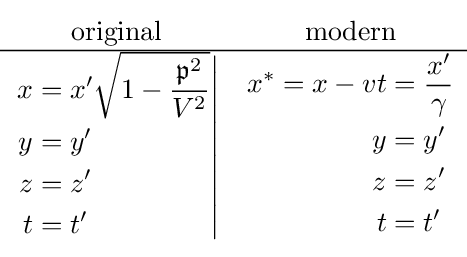
{\begin{matrix}{\text{original}}&{\text{modern}}\\\hline \left.{\begin{aligned}x&=x^{\prime }{\sqrt {1-{\frac {{\mathfrak {p}}^{2}}{V^{2}}}}}\\y&=y^{\prime }\\z&=z^{\prime }\\t&=t^{\prime }\end{aligned}}\right|&{\begin{aligned}x^{\ast }=x-vt&={\frac {x^{\prime }}{\gamma }}\\y&=y^{\prime }\\z&=z^{\prime }\\t&=t^{\prime }\end{aligned}}\end{matrix}}